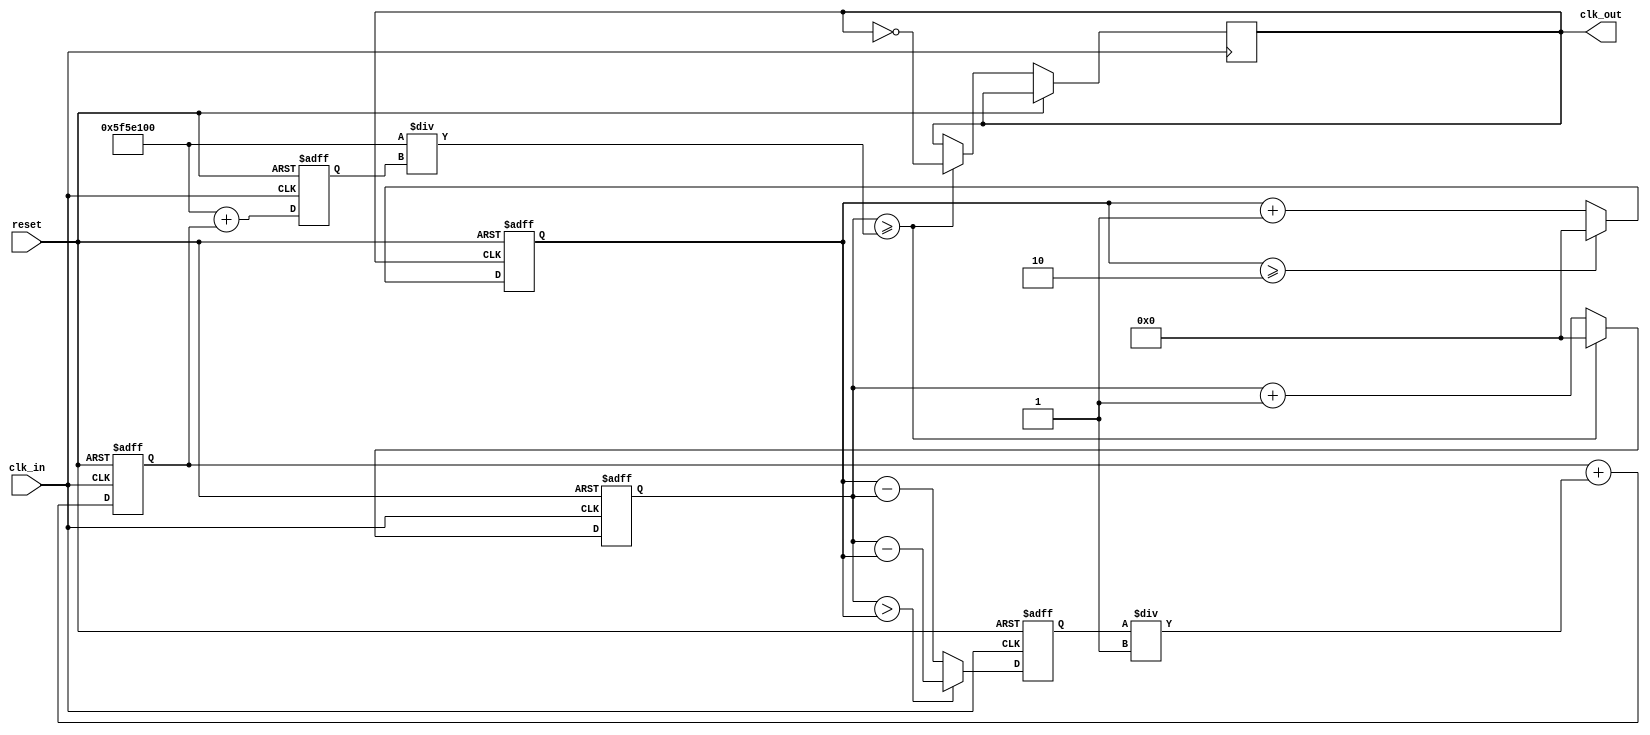
module parameterized_PLL #(
    parameter INPUT_FREQ = 50_000_000, // Input frequency in Hz
    parameter OUTPUT_FREQ = 100_000_000, // Desired output frequency in Hz
    parameter DIV_FACTOR = OUTPUT_FREQ / INPUT_FREQ, // Division factor
    parameter LOOP_BANDWIDTH = 1 // Loop bandwidth (for LPF tuning)
)(
    input wire clk_in, // Input clock signal
    input wire reset, // Reset signal
    output reg clk_out // Output clock signal
);

    // Internal signals
    reg [31:0] phase_error; // Phase error signal
    reg [31:0] control_voltage; // Control voltage for VCO
    reg [31:0] vco_freq; // VCO frequency
    reg [31:0] feedback_div; // Feedback divider counter
    reg [31:0] vco_counter; // VCO counter

    // Phase Detector (PD)
    always @(posedge clk_in or posedge reset) begin
        if (reset) begin
            phase_error <= 0;
        end else begin
            // Simple phase detection logic (for example purposes)
            // In a real design, a more sophisticated phase detector would be used
            phase_error <= (vco_counter > feedback_div) ? (vco_counter - feedback_div) : (feedback_div - vco_counter);
        end
    end

    // Low Pass Filter (LPF)
    always @(posedge clk_in or posedge reset) begin
        if (reset) begin
            control_voltage <= 0;
        end else begin
            // Simple LPF implementation (for example purposes)
            control_voltage <= control_voltage + (phase_error / LOOP_BANDWIDTH);
        end
    end

    // Voltage-Controlled Oscillator (VCO)
    always @(posedge clk_in or posedge reset) begin
        if (reset) begin
            vco_freq <= OUTPUT_FREQ;
            vco_counter <= 0;
        end else begin
            // VCO frequency adjustment based on control voltage
            vco_freq <= OUTPUT_FREQ + control_voltage; // Adjust based on control voltage
            // Generate output clock based on VCO frequency
            if (vco_counter >= (100_000_000 / vco_freq)) begin // Assuming a 100MHz clock
                clk_out <= ~clk_out; // Toggle output clock
                vco_counter <= 0;
            end else begin
                vco_counter <= vco_counter + 1;
            end
        end
    end

    // Frequency Divider
    always @(posedge clk_out or posedge reset) begin
        if (reset) begin
            feedback_div <= 0;
        end else begin
            feedback_div <= feedback_div + 1;
            if (feedback_div >= DIV_FACTOR) begin
                feedback_div <= 0; // Reset feedback divider
            end
        end
    end

endmodule